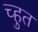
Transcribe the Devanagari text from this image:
च्हुत